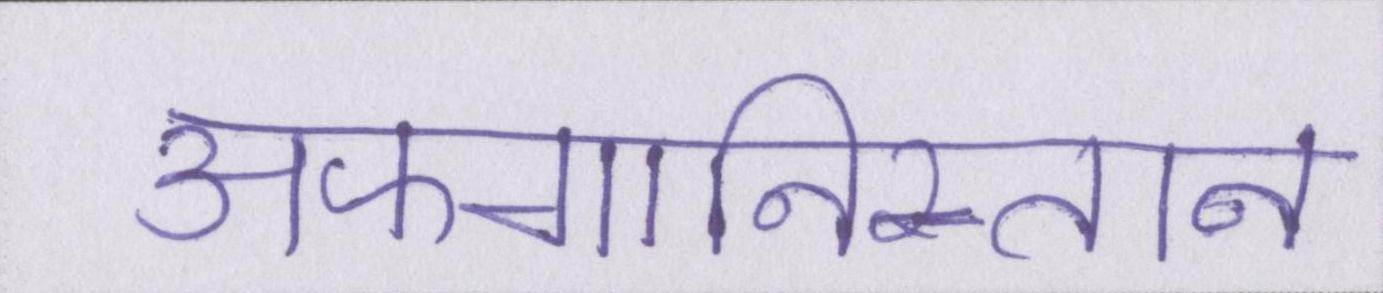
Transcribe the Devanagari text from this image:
अफगानिस्तान